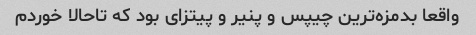
واقعا بدمزه‌ترین چیپس و پنیر و پیتزای بود که تاحالا خوردم